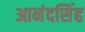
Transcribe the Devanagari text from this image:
आनंदसिंह